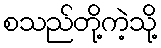
စသည်တို့ကဲ့သို့